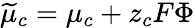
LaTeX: \widetilde{\mu}_{c}=\mu_{c}+z_{c}F\Phi